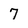
Character: 7